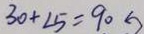
3 0 + \angle 5 = 9 0